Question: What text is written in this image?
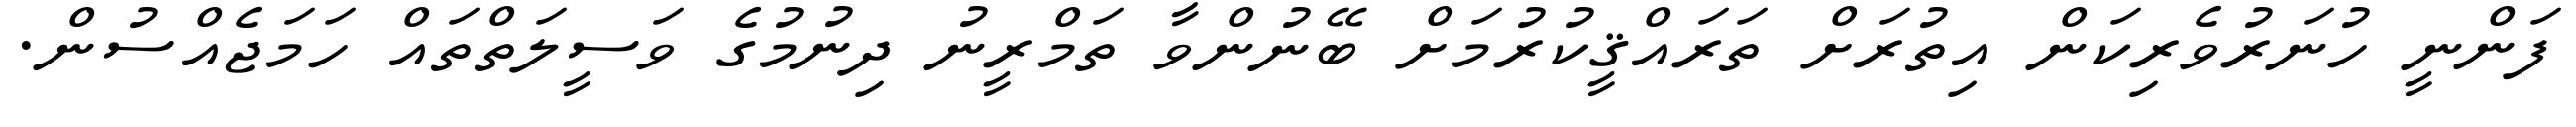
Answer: ފަންނީ ހުނަރުވެރިކަން އިތުރަށް ތަރައްޤީކުރުމަށް ބޭނުންވާ ތަމްރީނު ދިނުމުގެ ވަސީލަތްތައް ހަމަޖެއްސުން.